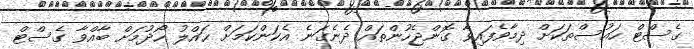
ގެސްޓް ހައުސްތަކަށް ދިމާވެފައިވާ ގޮންޖެހުންތައް ދެނެގަނެ އެކަންކަމަށް ޙައްލު ހޯދުމަށް ބާއްވާ ގެސްޓް